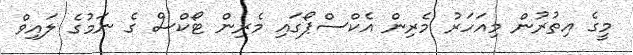
މީގެ އިތުރުން މިއަހަރު މެރިން އެކްސްޕޯގައި މެރިން ޓޯކްސް ގެ ނަމުގެ ލައިވް